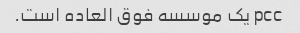
pcc یک موسسه فوق العاده است.